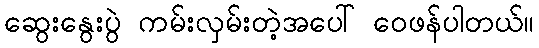
ဆွေးနွေးပွဲ ကမ်းလှမ်းတဲ့အပေါ် ဝေဖန်ပါတယ်။